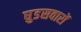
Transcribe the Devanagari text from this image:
घुडसवारों